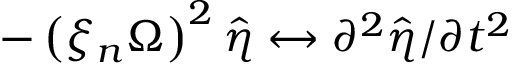
- \left( \xi _ { n } \Omega \right) ^ { 2 } \hat { \eta } \leftrightarrow \partial ^ { 2 } \hat { \eta } / \partial t ^ { 2 }